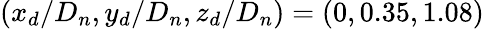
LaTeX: (x_{d}/D_{n},y_{d}/D_{n},z_{d}/D_{n})=(0,0.35,1.08)